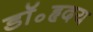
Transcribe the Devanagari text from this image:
डॉ॰हृदय